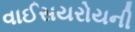
વાઈસયરોયની